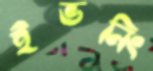
ইভনিং